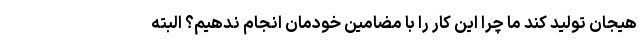
هیجان تولید کند ما چرا این کار را با مضامین خودمان انجام ندهیم؟ البته